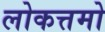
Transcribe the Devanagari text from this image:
लोकत्तमो